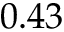
0 . 4 3